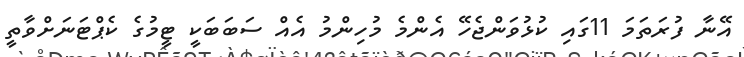
އޭނާ ފުރަތަމަ 11ގައި ކުޅުވަންޖެހޭ އެންމެ މުހިންމު އެއް ސަބަބަކީ ޓީމުގެ ކެޕްޓަނަށްވާތީ